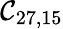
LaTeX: \mathcal{C}_{27,15}